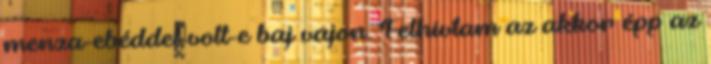
menza-ebéddel volt-e baj vajon. Felhívtam az akkor épp az